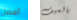
أفضل بالسيف